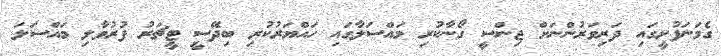
ގެމަނަފުށީގައި ދަރިވަރުންނަށް ޖިންސީ ގޯނާކުރި މައްސަލާގައި ހައްޔަރުކުރި ބިދޭސީ ޓީޗަރު ފުރުވާލި މައްސަލަ